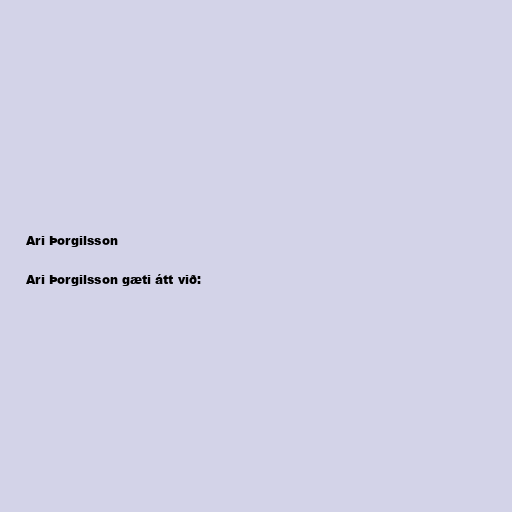
Ari Þorgilsson

Ari Þorgilsson gæti átt við: